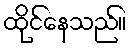
ထိုင်နေသည်။